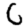
Digit: 6